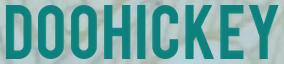
DOOHICKEY